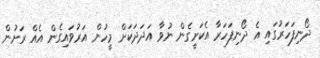
ދޯނިފަހަރުގައި އެ ދޯނިފަހަރާ އެކަށީގެން ނުވާ އަދަދަކަށް މީހުން އަރުވައިގެން އެއް ރަށުން